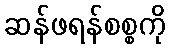
ဆန်ဖရန်စစ္စကို